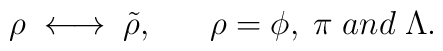
\rho \; \longleftrightarrow \; \tilde{\rho}, \;\;\;\;\;\; \rho = \phi, \; \pi \; and \; \Lambda .